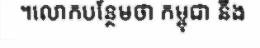
។លោកបន្ថែមថា កម្ពុជា នឹង